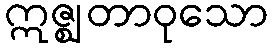
ဣဇ္ဈတာဝုသော